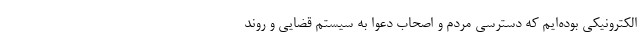
الکترونیکی بوده‌ایم که دسترسی مردم و اصحاب دعوا به سیستم قضایی و روند